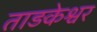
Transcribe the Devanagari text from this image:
ताड़केश्वर